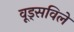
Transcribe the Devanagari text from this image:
वूड्सविले